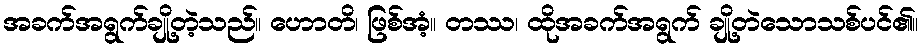
အခက်အရွက်ချို့တဲ့သည်။ ဟောတိ၊ ဖြစ်အံ့။ တဿ၊ ထိုအခက်အရွက် ချို့တဲသောသစ်ပင်၏။